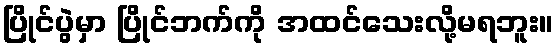
ပြိုင်ပွဲမှာ ပြိုင်ဘက်ကို အထင်သေးလို့မရဘူး။